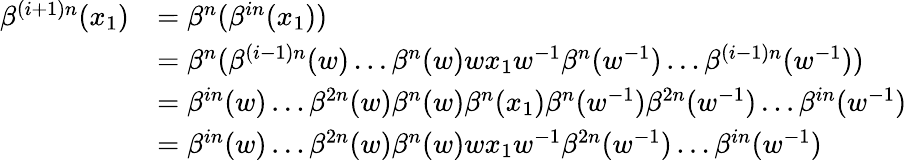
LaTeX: \begin{array}{rl}{\beta^{(i+1)n}(x_{1})}&{=\beta^{n}(\beta^{in}(x_{1}))}\\ &{=\beta^{n}(\beta^{(i-1)n}(w)\dots\beta^{n}(w)wx_{1}w^{-1}\beta^{n}(w^{-1})\dots\beta^{(i-1)n}(w^{-1}))}\\ &{=\beta^{in}(w)\dots\beta^{2n}(w)\beta^{n}(w)\beta^{n}(x_{1})\beta^{n}(w^{-1})\beta^{2n}(w^{-1})\dots\beta^{in}(w^{-1})}\\ &{=\beta^{in}(w)\dots\beta^{2n}(w)\beta^{n}(w)wx_{1}w^{-1}\beta^{2n}(w^{-1})\dots\beta^{in}(w^{-1})}\end{array}